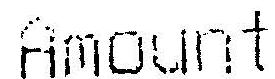
AMOUNT